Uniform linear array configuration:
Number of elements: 24
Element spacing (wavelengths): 1
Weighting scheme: blackman
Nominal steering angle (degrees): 15
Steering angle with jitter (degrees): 13.925
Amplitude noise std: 0.05
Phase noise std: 0.05

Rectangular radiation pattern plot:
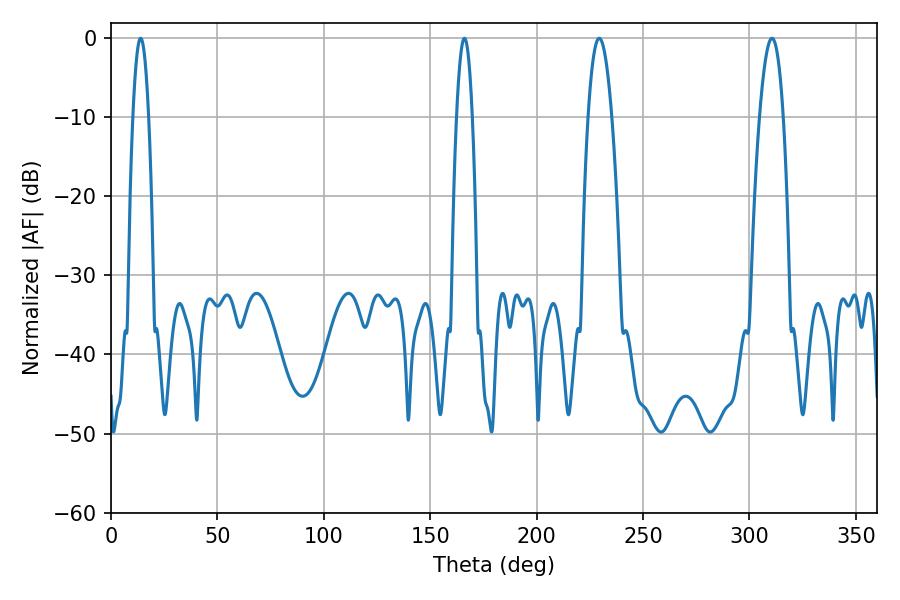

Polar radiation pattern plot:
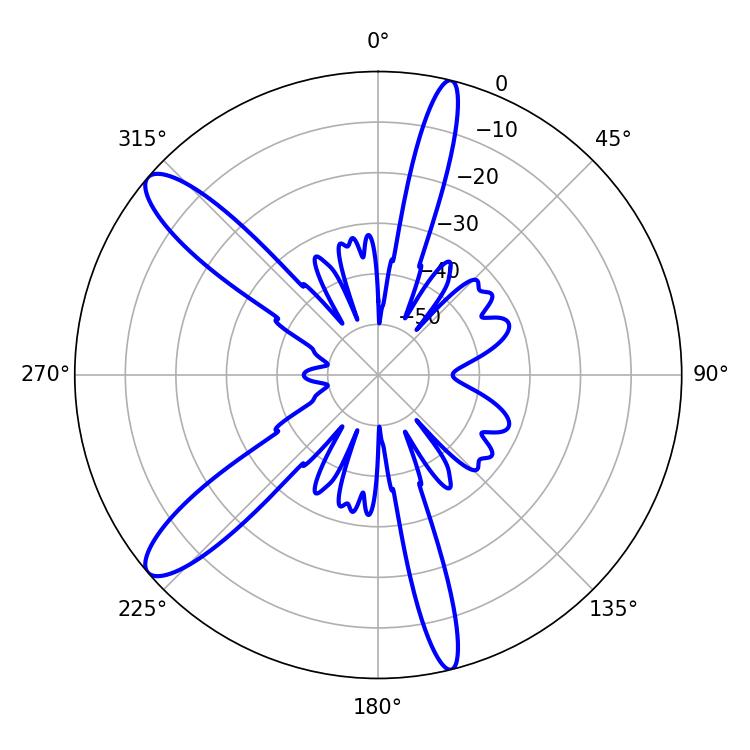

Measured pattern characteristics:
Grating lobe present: TRUE
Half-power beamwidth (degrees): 6.12
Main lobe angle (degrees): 229.32